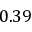
0 . 3 9